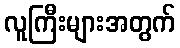
လူကြီးများအတွက်